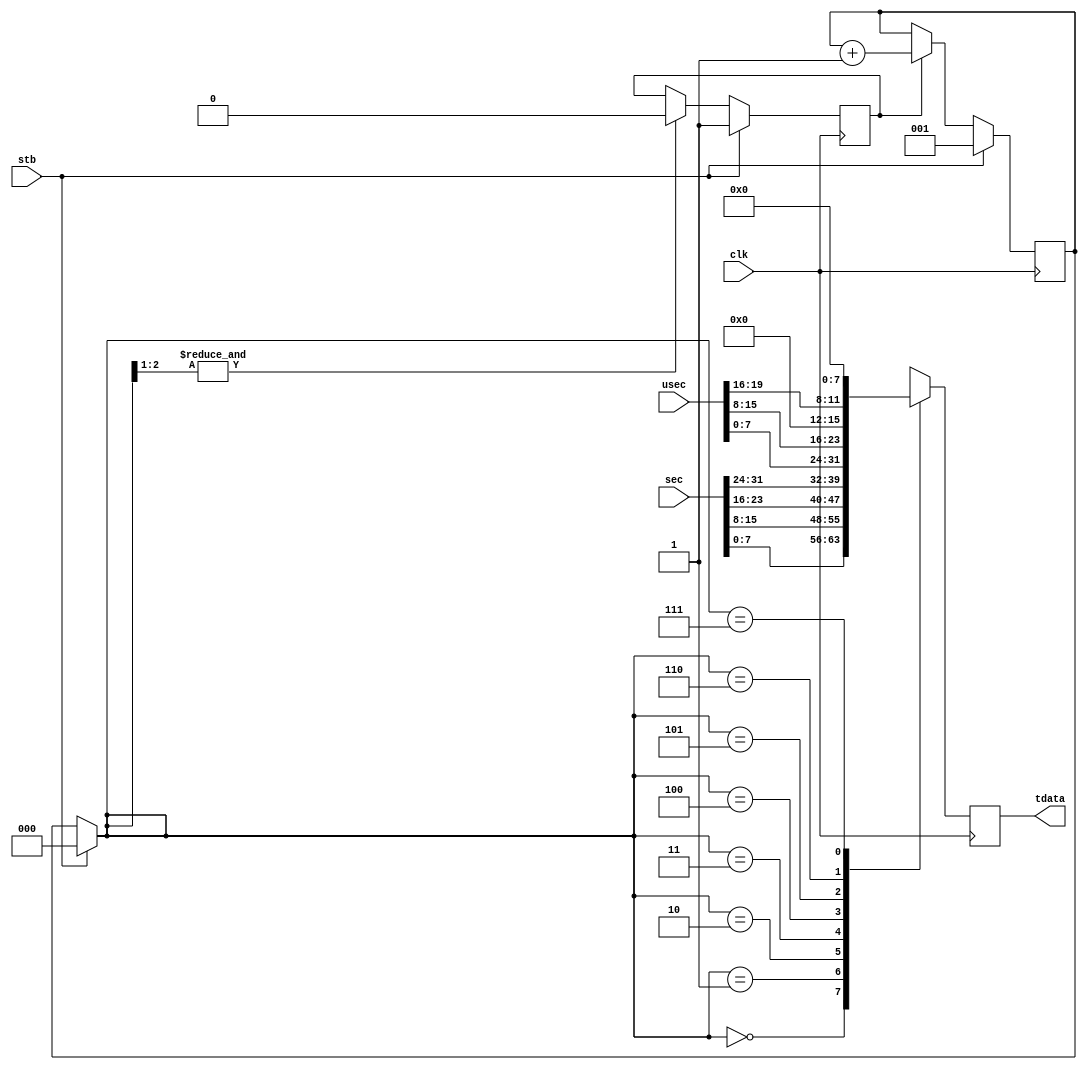
// This program was cloned from: https://github.com/Elphel/x393
// License: GNU General Public License v3.0

/*!
 * <b>Module:</b>timestamp_to_serial
 * @file timestamp_to_serial.v
 * @date 2015-07-04  
 * @author Andrey Filippov     
 *
 * @brief convert legacy parallel timestamp data to a byte-parallel message
 *
 * @copyright Copyright (c) 2015 Elphel, Inc.
 *
 * <b>License:</b>
 *
 * timestamp_to_serial.v is free software; you can redistribute it and/or modify
 * it under the terms of the GNU General Public License as published by
 * the Free Software Foundation, either version 3 of the License, or
 * (at your option) any later version.
 *
 *  timestamp_to_serial.v is distributed in the hope that it will be useful,
 * but WITHOUT ANY WARRANTY; without even the implied warranty of
 * MERCHANTABILITY or FITNESS FOR A PARTICULAR PURPOSE.  See the
 * GNU General Public License for more details.
 *
 * You should have received a copy of the GNU General Public License
 * along with this program.  If not, see <http://www.gnu.org/licenses/> .
 *
 * Additional permission under GNU GPL version 3 section 7:
 * If you modify this Program, or any covered work, by linking or combining it
 * with independent modules provided by the FPGA vendor only (this permission
 * does not extend to any 3-rd party modules, "soft cores" or macros) under
 * different license terms solely for the purpose of generating binary "bitstream"
 * files and/or simulating the code, the copyright holders of this Program give
 * you the right to distribute the covered work without those independent modules
 * as long as the source code for them is available from the FPGA vendor free of
 * charge, and there is no dependence on any encrypted modules for simulating of
 * the combined code. This permission applies to you if the distributed code
 * contains all the components and scripts required to completely simulate it
 * with at least one of the Free Software programs.
 */
`timescale 1ns/1ps

module  timestamp_to_serial(
    input                clk, // clock that drives time counters
    input                stb, // serialize and send timestamp message
    input         [31:0] sec,     // time seconds
    input         [19:0] usec,    // time microseconds
    output reg    [7:0] tdata    // byte-parallel timestamp data sent right after stb input
);
    reg  [2:0] cntr;
    reg        busy = 0;
    wire [2:0] cntr_w;
    assign cntr_w= stb? 3'b0 : cntr;
    always @ (posedge clk) begin
        if      (stb)          busy <= 1;
        else if (&cntr_w[2:1]) busy <= 0;
        if      (stb)   cntr <= 1;
        else if (busy)  cntr <= cntr + 1;
        
        case (cntr_w)
            3'h0:tdata <=  sec[ 7: 0];
            3'h1:tdata <=  sec[15: 8];
            3'h2:tdata <=  sec[23:16];
            3'h3:tdata <=  sec[31:24];
            3'h4:tdata <= usec[ 7: 0];
            3'h5:tdata <= usec[15: 8];
            3'h6:tdata <= {4'h0,usec[19:16]};
            3'h7:tdata <= 8'h0;
        endcase
    end

endmodule